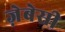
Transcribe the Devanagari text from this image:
ज़ेबेसी